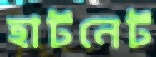
হার্টনের্ট